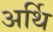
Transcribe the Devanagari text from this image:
अर्थि